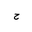
Letter: _ha